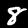
Digit: 8